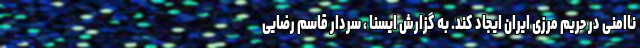
ناامنی در حریم مرزی ایران ایجاد کند. به گزارش ایسنا ، سردار قاسم رضایی